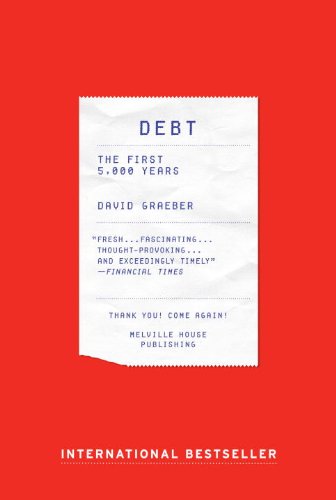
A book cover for Debt: The First 5,000 Years; David Graeber; Business & Money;